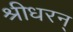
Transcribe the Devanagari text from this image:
श्रीधरन्